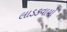
લાડકવાયો